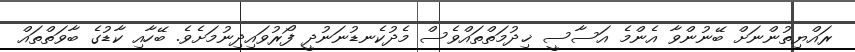
ރައްޔިތުންނަށް ބޭނުންވާ އެންމެ އަސާސީ ޚިދުމަތްތައްވެސް މެދުކެނޑުނަނުދީ ފޯރުވައިދިނުމަށެވެ. ބޭހާއި ކާޑުގެ ބާވަތްތައް